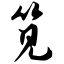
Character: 笕